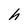
Character: h